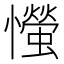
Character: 𢤨